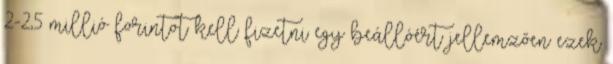
2-2,5 millió forintot kell fizetni egy beállóért jellemzően ezek